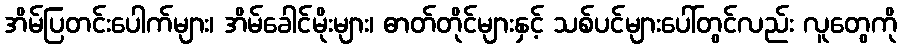
အိမ်ပြတင်းပေါက်များ၊ အိမ်ခေါင်မိုးများ၊ ဓာတ်တိုင်များနှင့် သစ်ပင်များပေါ်တွင်လည်း လူတွေကို